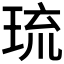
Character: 琉